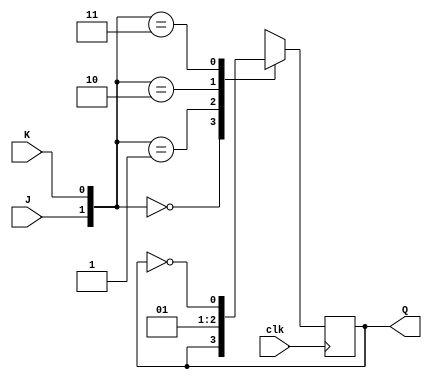
`timescale 1ns / 1ps

module jkff_1(J, K, clk, Q);
input J,K,clk;
output reg Q;

always@(posedge clk)
begin
if (clk) begin
case({J,K})
2'b00: Q <= Q;
2'b01: Q <= 1'b0;
2'b10: Q <= 1'b1;
2'b11: Q <= ~Q;
endcase
end
else Q <= 1'b0; 
end
endmodule